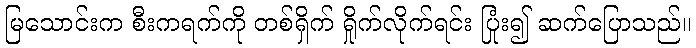
မြသောင်းက စီးကရက်ကို တစ်ရှိက် ရှိုက်လိုက်ရင်း ပြုံး၍ ဆက်ပြောသည်။